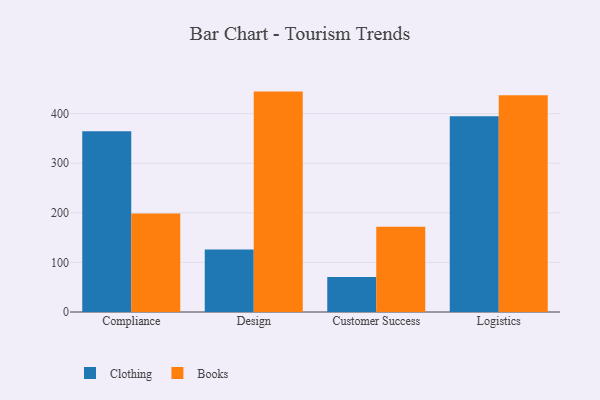
{"axis": {"x": "Department", "y": "Latency (ms)"}, "legend": ["Books", "Clothing"], "data": [{"x": "Compliance", "y": 364.4, "type": "Clothing"}, {"x": "Compliance", "y": 198.9, "type": "Books"}, {"x": "Design", "y": 126.2, "type": "Clothing"}, {"x": "Design", "y": 444.5, "type": "Books"}, {"x": "Customer Success", "y": 70.4, "type": "Clothing"}, {"x": "Customer Success", "y": 172.0, "type": "Books"}, {"x": "Logistics", "y": 394.7, "type": "Clothing"}, {"x": "Logistics", "y": 437.3, "type": "Books"}]}